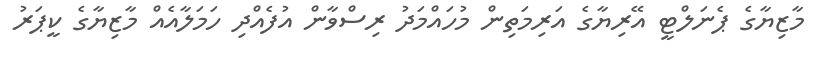
މާޒިޔާގެ ޕެނަލްޓީ އޭރިޔާގެ އަރިމަތިން މުހައްމަދު ރިސްވާން އުފެއްދި ހަމަލާއެއް މާޒިޔާގެ ކީޕަރު